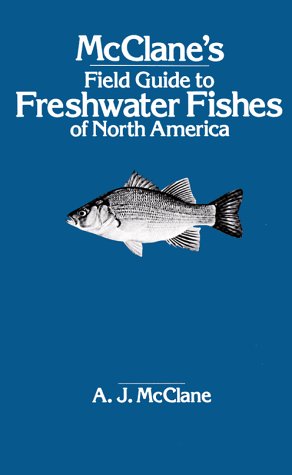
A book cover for McClane's Field Guide to Freshwater Fishes of North America; Sports & Outdoors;